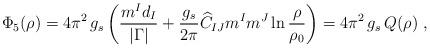
LaTeX: \begin{align*}{\Phi_5} ({\rho}) =4\pi^2\,g_s\left({\frac{m^I d_I}{|\Gamma|}}+{g_s\over 2\pi} {\widehat C_{IJ}m^I m^J}\ln {\frac{\rho}{\rho_0}}\right)= 4\pi^2\,g_s\, {Q}({\rho})~,\end{align*}